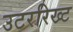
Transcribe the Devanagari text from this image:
उटररिख्ट